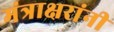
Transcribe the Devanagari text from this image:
मंत्राक्षरांनी